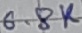
Text: 6.8K